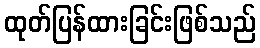
ထုတ်ပြန်ထားခြင်းဖြစ်သည်